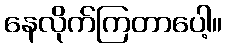
နေလိုက်ကြတာပေါ့။